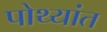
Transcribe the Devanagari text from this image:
पोथ्यांत